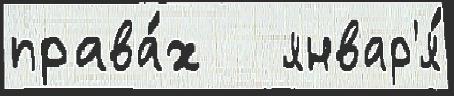
права́х   январ'я́